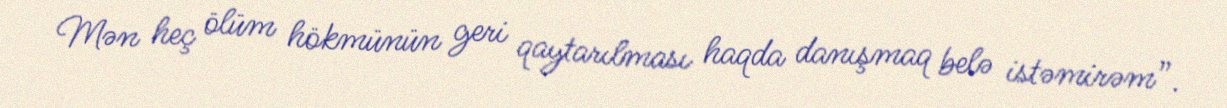
Mən heç ölüm hökmünün geri qaytarılması haqda danışmaq belə istəmirəm”.